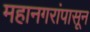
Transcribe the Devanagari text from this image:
महानगरांपासून